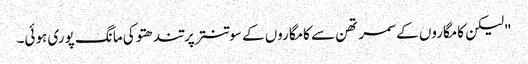
"لیکن کامگاروں کے سمرتھن سے کامگاروں کے سوتنتر پرتندھتو کی مانگ پوری ہوئی۔